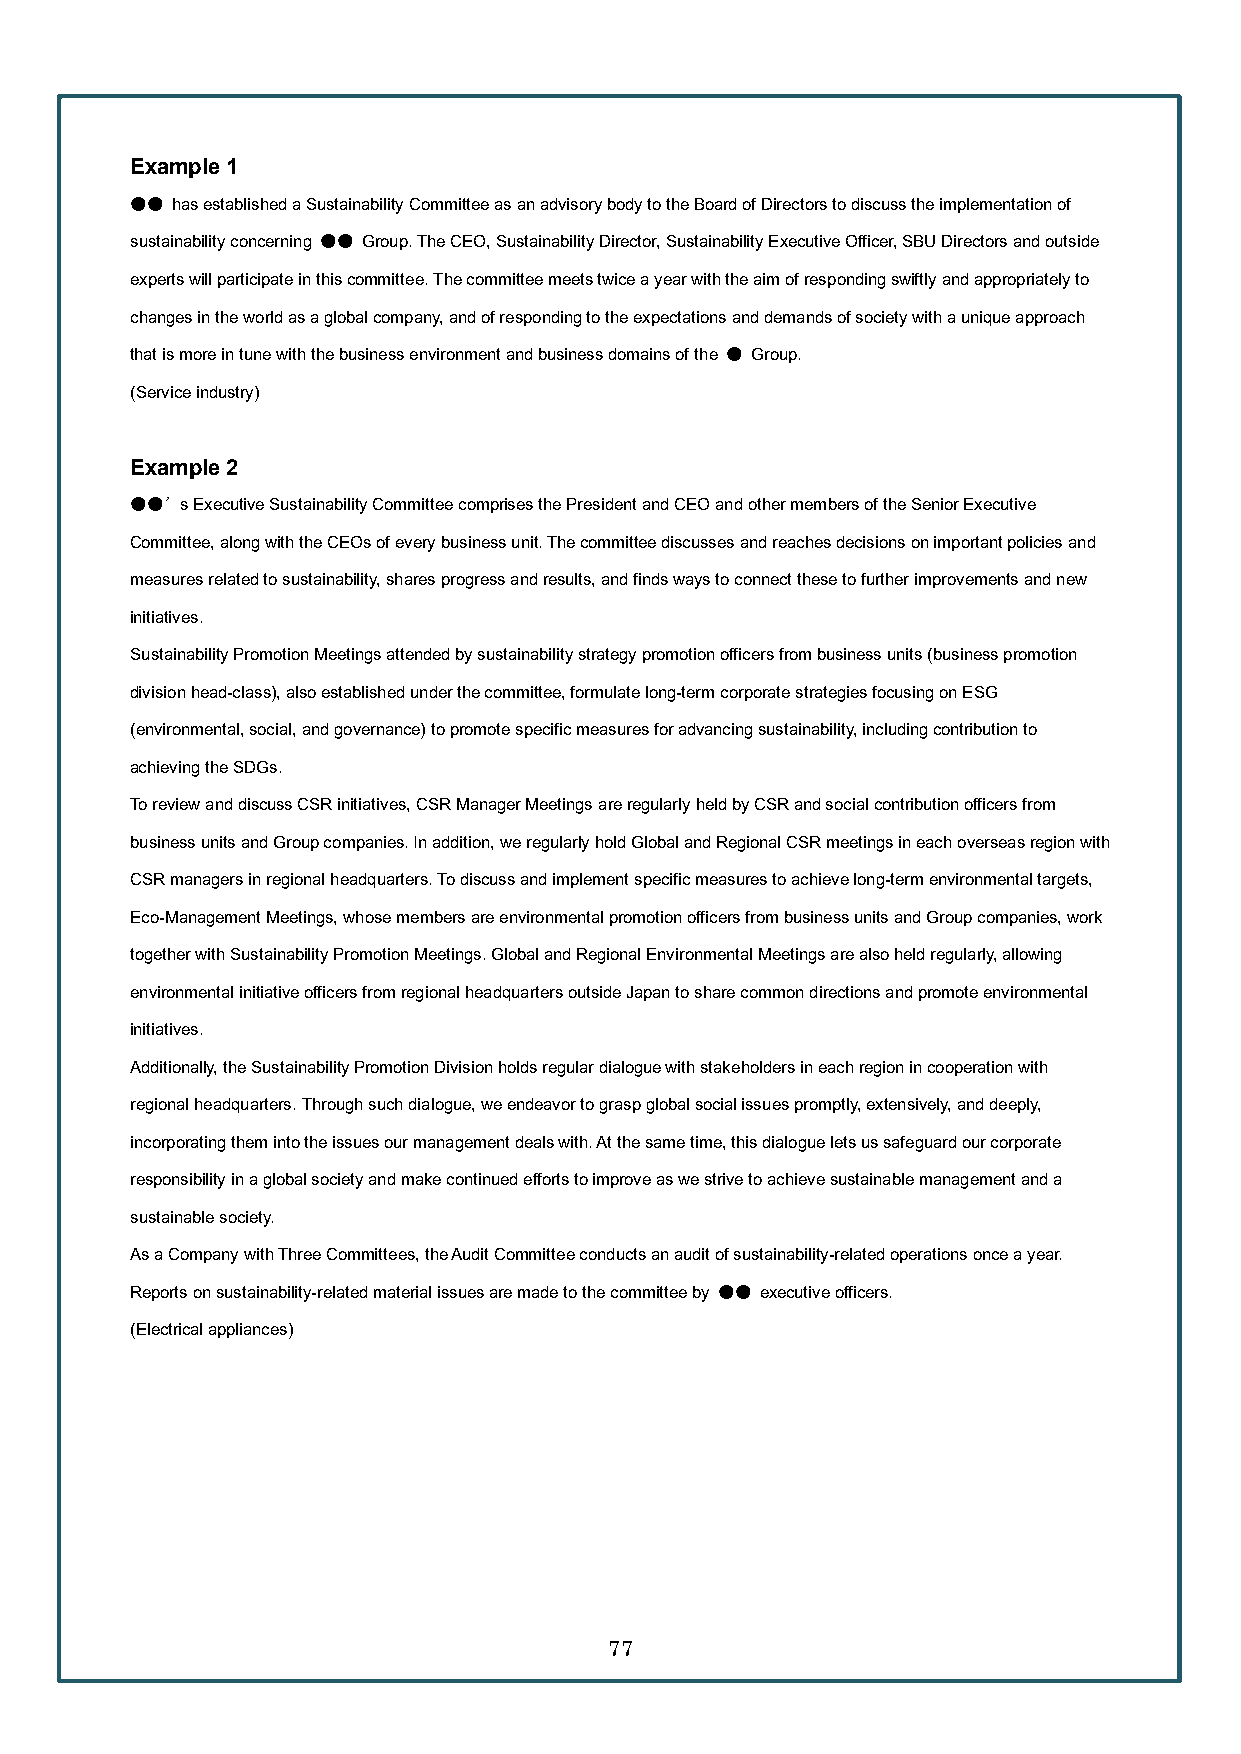
Example 1
 ●● has established a Sustainability Committee as an advisory body to the Board of Directors to discuss the implementation of
 sustainability concerning ●● Group. The CEO, Sustainability Director, Sustainability Executive Officer, SBU Directors and outside
 experts will participate in this committee.The committee meets twice a year with the aim of responding swiftly and appropriately to
 changes in the world as a global company, and of responding to the expectations and demands of society with a unique approach
 that is more in tune with the business environment and business domains of the ● Group.
 (Service industry)
 Example 2
 ●●’s Executive Sustainability Committee comprises the President and CEO and other members of the Senior Executive
 Committee, along with the CEOs of every business unit. The committee discusses and reaches decisions on important policies and
 measures related to sustainability, shares progress and results, and finds ways to connect these to further improvements and new
 initiatives.
 Sustainability Promotion Meetings attended by sustainability strategy promotion officers from business units (business promotion
 division head-class), also established under the committee, formulate long-term corporate strategies focusing on ESG
 (environmental, social, and governance) to promote specific measures for advancing sustainability, including contribution to
 achieving the SDGs.
 To review and discuss CSR initiatives, CSR Manager Meetings are regularly held by CSR and social contribution officers from
 business units and Group companies.In addition, we regularly hold Global and Regional CSR meetings in each overseas region with
 CSR managers in regional headquarters.To discuss and implement specific measures to achieve long-term environmental targets,
 Eco-Management Meetings, whose members are environmental promotion officers from business units and Group companies, work
 together with Sustainability Promotion Meetings.Global and Regional Environmental Meetings are also held regularly, allowing
 environmental initiative officers from regional headquarters outside Japan to share common directions and promote environmental
 initiatives.
 Additionally, the Sustainability Promotion Division holds regular dialogue with stakeholders in each region in cooperation with
 regional headquarters.Through such dialogue, we endeavor to grasp global social issues promptly, extensively, and deeply,
 incorporating them into the issues our management deals with. At the same time, this dialogue lets us safeguard our corporate
 responsibility in a global society and make continued efforts to improve as we strive to achieve sustainable management and a
 sustainable society.
 As a Company with Three Committees, the Audit Committee conducts an audit of sustainability-related operations once a year.
 Reports on sustainability-related material issues are made to the committee by ●● executive officers.
 (Electrical appliances)
 77